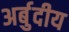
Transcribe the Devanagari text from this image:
अर्बुदीय